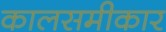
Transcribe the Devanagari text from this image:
कालसमीकार